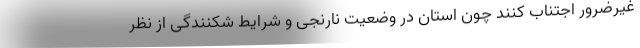
غیرضرور اجتناب کنند چون استان در وضعیت نارنجی و شرایط شکنندگی از نظر